65_HS1-834228961_62-HQ-83894_Section_7
Agency: FBI
Page 20
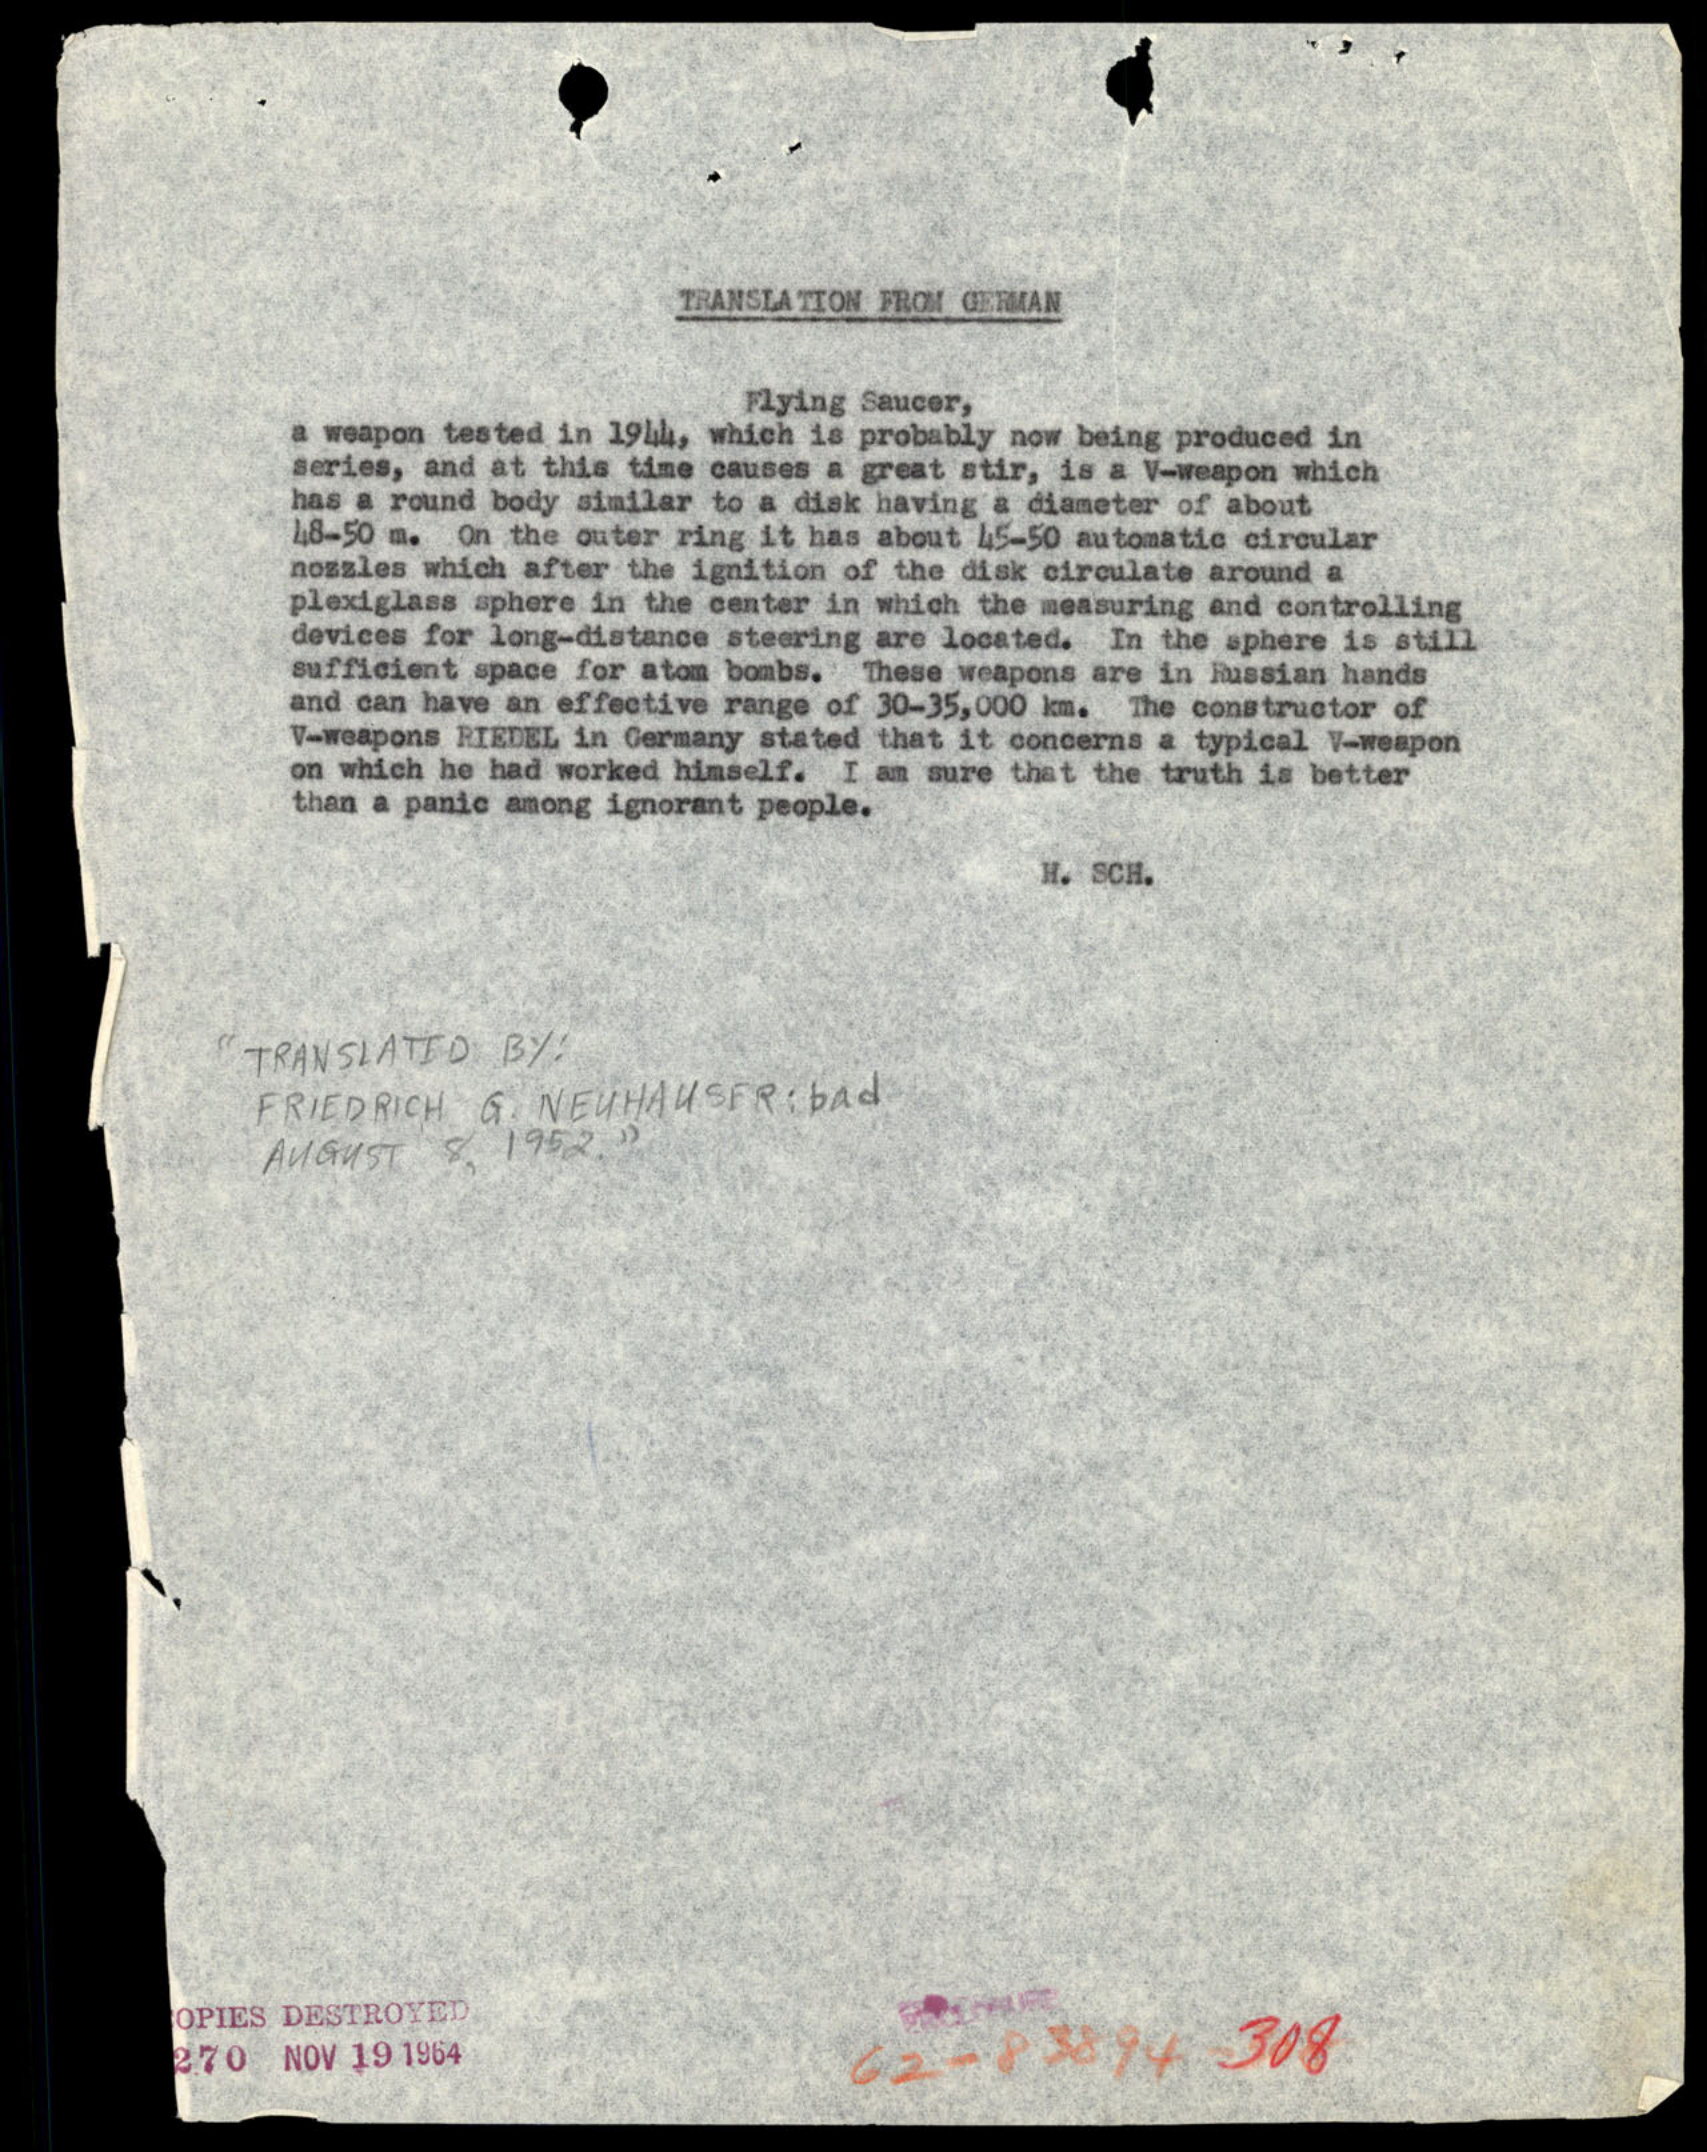